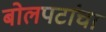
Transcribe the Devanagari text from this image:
बोलपटांचा